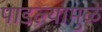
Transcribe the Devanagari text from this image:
पाडल्यामुळे